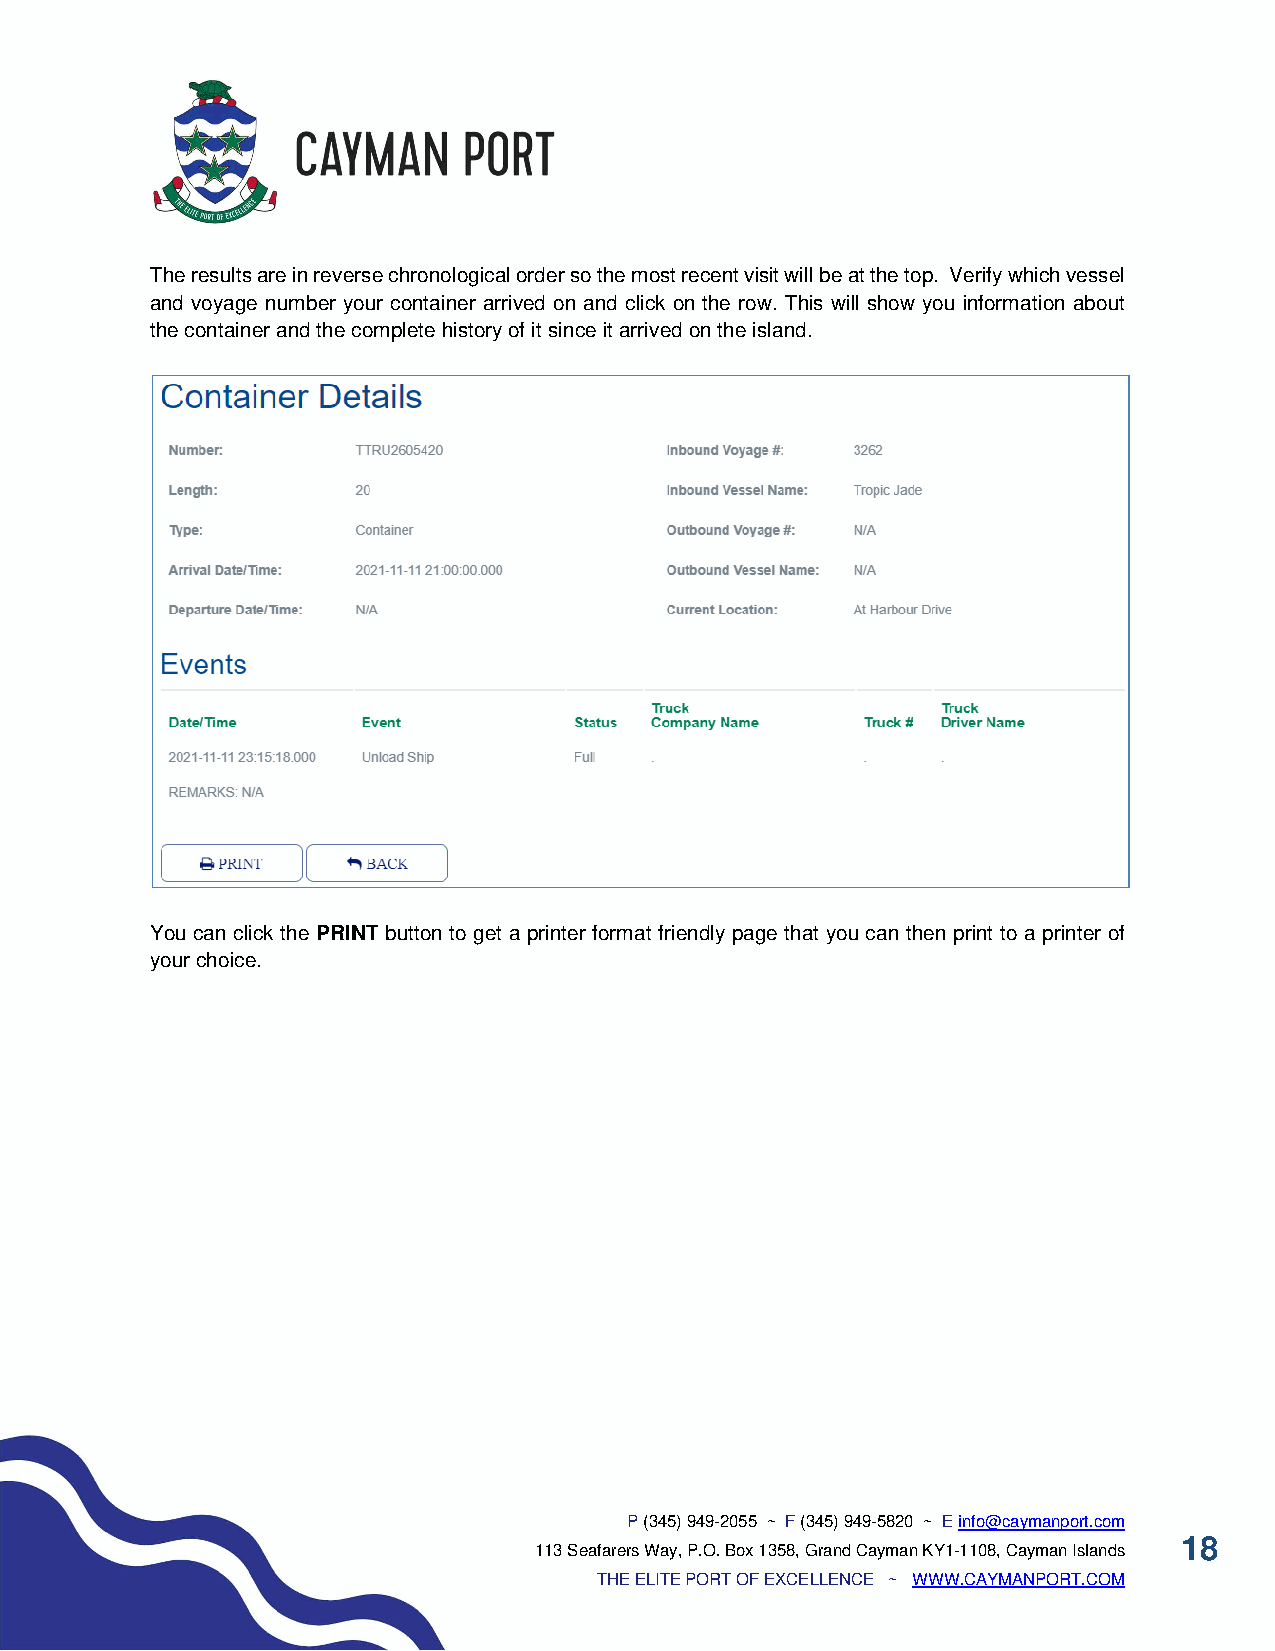
The results are in reverse chronological order so the most recent visit will be at the top. Verify which vessel
 and voyage number your container arrived on and click on the row. This will show you information about
 the container and the complete history of it since it arrived on the island.
 You can click the PRINT button to get a printer format friendly page that you can then print to a printer of
 your choice.
 P (345) 949-2055 ~ F (345) 949-5820 ~ E info@caymanport.com
 18
 113 Seafarers Way, P.O. Box 1358, Grand Cayman KY1-1108, Cayman Islands
 THE ELITE PORT OF EXCELLENCE ~ WWW.CAYMANPORT.COM